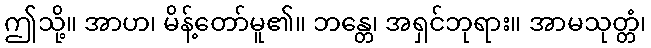
ဤသို့။ အာဟ၊ မိန့်တော်မူ၏။ ဘန္တေ၊ အရှင်ဘုရား။ အာမသုတ္တံ၊